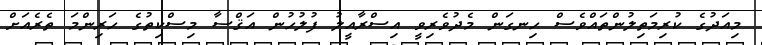
މިއަދުގެ ކުރިމަތިލުންތައްވެސް ހިނގަން މެދުވެރިވީ އިސްރާއީލު ފުލުހުން އަޤްސާ މިސްކިތުގެ ހަރިންމަ ތެރެއަށް